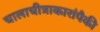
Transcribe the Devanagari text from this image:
चालाचीत्राकारांपैकी